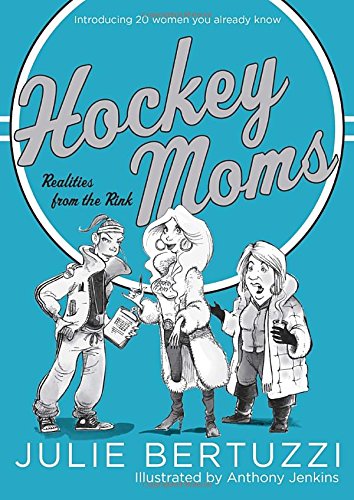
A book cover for Hockey Moms: Realities from the Rink: Introducing 20 Women You Already Know; Julie Bertuzzi; Humor & Entertainment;